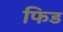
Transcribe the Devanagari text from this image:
फिड